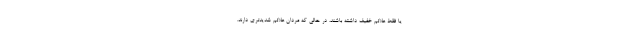
یا فقط علائم خفیف داشته باشند، در حالی که مردان علائم شدیدتری دارند.